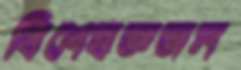
বিশেষজ্ঞজন